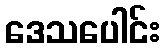
ဒေသပေါင်း